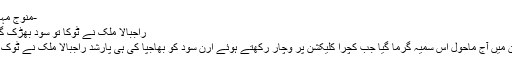
-منوج مہاجن
راجبالا ملک نے ٹوکا تو سود بھڑک گئے
سدن میں آج ماحول اس سمیہ گرما گیا جب کچرا کلیکشن پر وچار رکھتے ہوئے ارن سود کو بھاجپا کی ہی پارشد راجبالا ملک نے ٹوک دیا۔